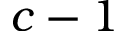
c - 1